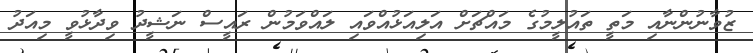
ޒުވާނުންނާއި މަތީ ތައުލީމުގެ މައްޗަށް އަލިއަޅުއްވައި ލައްވަމުން ރައީސް ނަޝީދު ވިދާޅުވީ މިއަދު